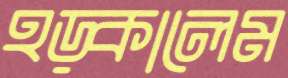
হড়্‌কালেম